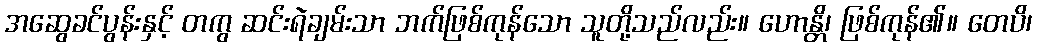
အဆွေခင်ပွန်းနှင့် တကွ ဆင်းရဲချမ်းသာ ဘက်ဖြစ်ကုန်သော သူတို့သည်လည်း။ ဟောန္တိ၊ ဖြစ်ကုန်၏။ တေပိ၊